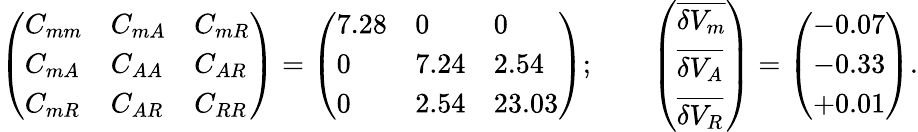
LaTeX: \left(\begin{array}{lll}{{C_{mm}}}&{{C_{mA}}}&{{C_{mR}}}\\ {{C_{mA}}}&{{C_{AA}}}&{{C_{AR}}}\\ {{C_{mR}}}&{{C_{AR}}}&{{C_{RR}}}\end{array}\right)=\left(\begin{array}{lll}{{7.28}}&{{0}}&{{0}}\\ {{0}}&{{7.24}}&{{2.54}}\\ {{0}}&{{2.54}}&{{23.03}}\end{array}\right);\qquad\left(\begin{array}{l}{{\overline{{{\delta V_{m}}}}}}\\ {{\overline{{{\delta V_{A}}}}}}\\ {{\overline{{{\delta V_{R}}}}}}\end{array}\right)=\left(\begin{array}{l}{{-0.07}}\\ {{-0.33}}\\ {{+0.01}}\end{array}\right).